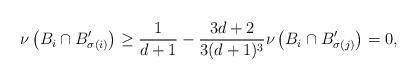
LaTeX: \begin{align*}\nu \left( B_i \cap B'_{\sigma(i)} \right) \geq \frac{1}{d + 1} - \frac{3d + 2}{3(d + 1)^3} \nu \left( B_i \cap B'_{\sigma(j)} \right) = 0,\end{align*}